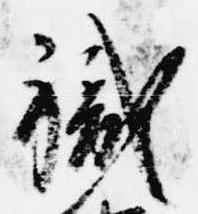
職